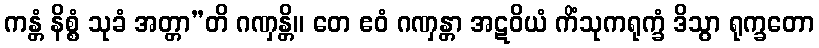
ကန္တံ နိစ္စံ သုခံ အတ္တာ”တိ ဂဏှန္တိ။ တေ ဧဝံ ဂဏှန္တာ အဋဝိယံ ကိံသုကရုက္ခံ ဒိသွာ ရုက္ခတော